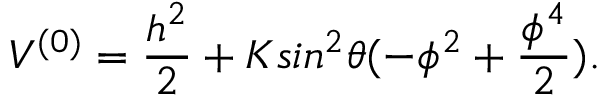
{ \cal V } ^ { ( 0 ) } = \frac { h ^ { 2 } } { 2 } + K s i n ^ { 2 } \theta ( - \phi ^ { 2 } + \frac { \phi ^ { 4 } } { 2 } ) .